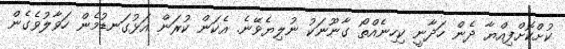
ކުށްކޮށްފިއްޔާ ދެން ހަދާނީ ކިހިނެއްތޯ ގާނޫނަކު ނުލިޔެވޭނެ. އެކަން ކުރަން އަޅުގަނޑުމެން ހަވާލުވެގެން